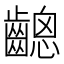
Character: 𪙋